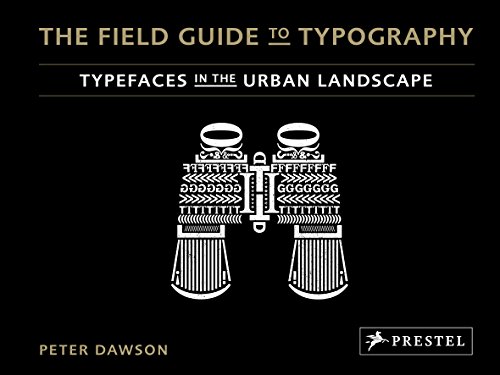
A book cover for The Field Guide to Typography: Typefaces in the Urban Landscape; Peter Dawson; Arts & Photography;